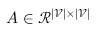
A \in \mathcal { R } ^ { | \mathcal { V } | \times | \mathcal { V } | }